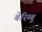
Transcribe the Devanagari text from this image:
बेरिम्बु